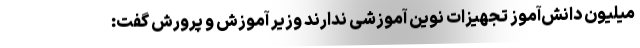
میلیون دانش‌آموز تجهیزات نوین آموزشی ندارند وزیر آموزش و پرورش گفت: